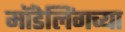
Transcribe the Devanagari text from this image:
मॉडेलिंगच्या